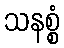
သနစ္စံ